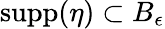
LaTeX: \mathop{\mathrm{supp}}(\eta)\subset B_{\epsilon}